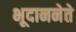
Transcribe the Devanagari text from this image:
भूदाननेते